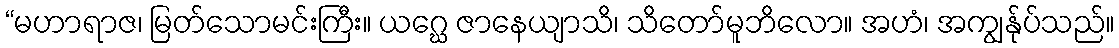
“မဟာရာဇ၊ မြတ်သောမင်းကြီး။ ယဂ္ဃေ ဇာနေယျာသိ၊ သိတော်မူဘိလော။ အဟံ၊ အကျွန်ုပ်သည်။